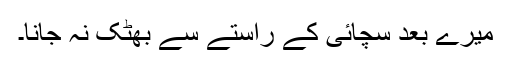
میرے بعد سچائی کے راستے سے بھٹک نہ جانا۔